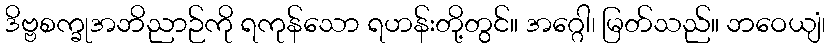
ဒိဗ္ဗစက္ခုအဘိညာဉ်ကို ရကုန်သော ရဟန်းတို့တွင်။ အဂ္ဂေါ၊ မြတ်သည်။ ဘဝေယျံ၊